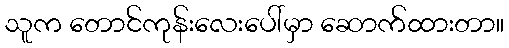
သူက တောင်ကုန်းလေးပေါ်မှာ ဆောက်ထားတာ။